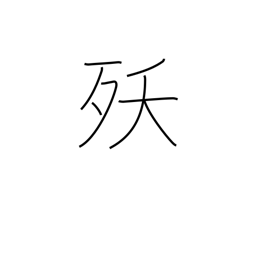
Meaning: dying young